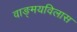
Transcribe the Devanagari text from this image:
वाङ्‌मयविलास